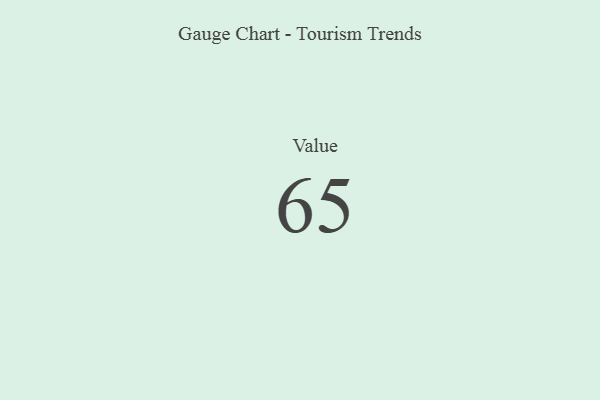
{"axis": {"x": "Metric", "y": "Value"}, "legend": [""], "data": [{"x": "Value", "y": 65, "type": ""}]}